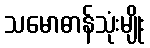
သမောဓာန်သုံးမျိုး